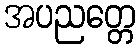
အပညတ္တေ